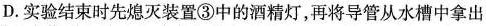
D.实验结束时先熄灭装置③中的酒精灯，再将导管从水槽中拿出